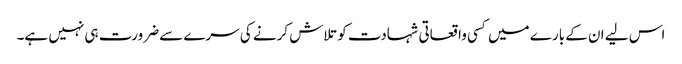
اس لیے ان کے بارے میں کسی واقعاتی شہادت کو تلاش کرنے کی سرے سے ضرورت ہی نہیں ہے۔